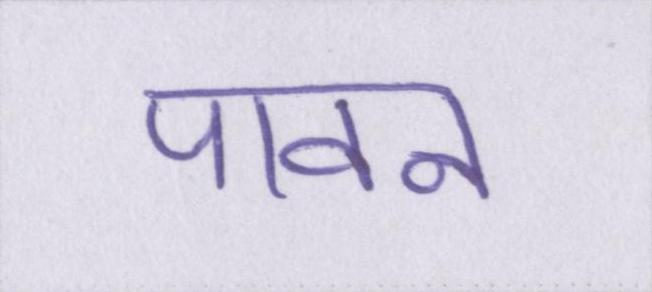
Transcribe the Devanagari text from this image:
पावन